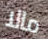
مالا